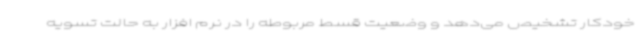
خودکار تشخیص می‌دهد و وضعیت قسط مربوطه را در نرم افزار به حالت تسویه